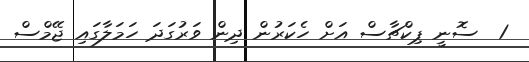
1  ސޮނީ ޕިކްޗާސް އަށް ހެކަރުން ދިން ވަރުގަދަ ހަމަލާގައި ޖޭމްސް